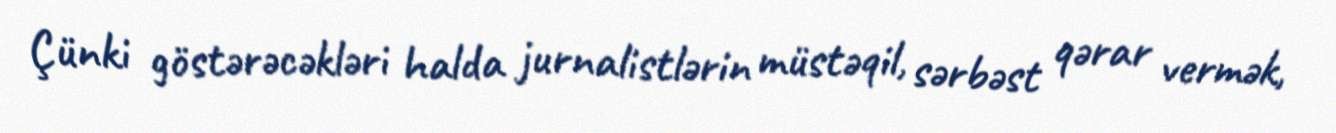
Çünki göstərəcəkləri halda jurnalistlərin müstəqil, sərbəst qərar vermək,